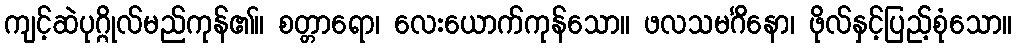
ကျင့်ဆဲပုဂ္ဂိုလ်မည်ကုန်၏။ စတ္တာရော၊ လေးယောက်ကုန်သော။ ဖလသမင်္ဂိနော၊ ဖိုလ်နှင့်ပြည့်စုံသော။